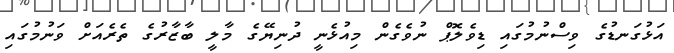
އަޅުގަނޑުގެ ވިސްނުމުގައި ޑިވެލޮޕް ނުވެގެން މިއުޅެނީ ދުނިޔޭގެ މާލީ ބާޒާރުގެ ތެރެއަށް ވަނުމުގައި